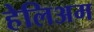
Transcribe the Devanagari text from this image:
हेलिअम